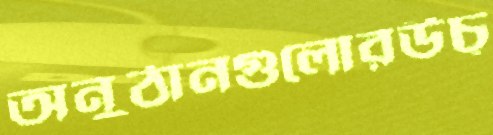
অনুঠানগুলোরউচ্